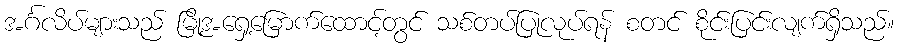
အင်္ဂလိပ်များသည် မြို့အရှေ့မြောက်ထောင့်တွင် သစ်တပ်ပြုလုပ်ရန် စတင် စိုင်းပြင်းလျက်ရှိသည်။